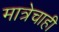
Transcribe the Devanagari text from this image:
मात्रेचाही